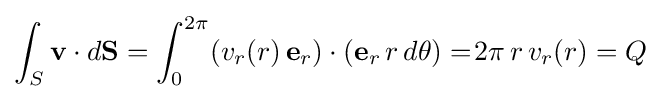
\int _{S}\mathbf {v} \cdot d\mathbf {S} =\int _{0}^{2\pi }(v_{r}(r)\,\mathbf {e} _{r})\cdot (\mathbf {e} _{r}\,r\,d\theta )=\!2\pi \,r\,v_{r}(r)=Q